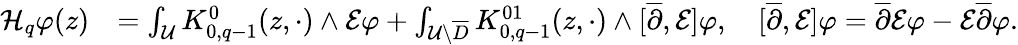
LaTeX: \begin{array}{rl}{\mathcal{H}_{q}\varphi(z)}&{=\int_{\mathcal{U}}K_{0,q-1}^{0}(z,\cdot)\wedge\mathcal{E}\varphi+\int_{\mathcal{U}\setminus\overline{D}}K_{0,q-1}^{01}(z,\cdot)\wedge[\overline{\partial},\mathcal{E}]\varphi,\quad[\overline{\partial},\mathcal{E}]\varphi=\overline{\partial}\mathcal{E}\varphi-\mathcal{E}\overline{\partial}\varphi.}\end{array}